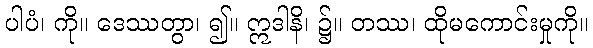
ပါပံ၊ ကို။ ဒေဿတွာ၊ ၍။ ဣဒါနိ၊ ၌။ တဿ၊ ထိုမကောင်းမှုကို။